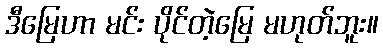
ဒီမြေဟာ မင်း ပိုင်တဲ့မြေ မဟုတ်ဘူး။